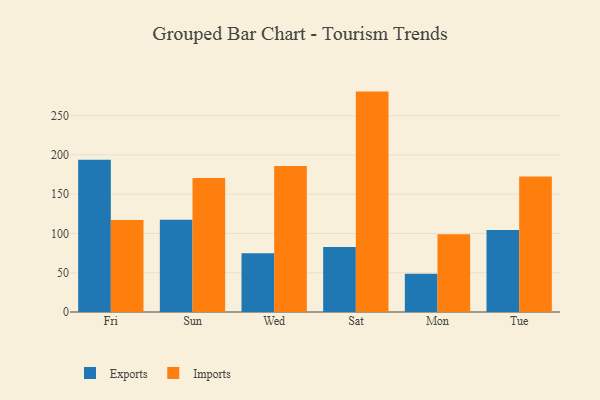
{"axis": {"x": "Day", "y": "Gross Profit (USD K)"}, "legend": ["Exports", "Imports"], "data": [{"x": "Fri", "y": 193.7, "type": "Exports"}, {"x": "Fri", "y": 117.1, "type": "Imports"}, {"x": "Sun", "y": 117.5, "type": "Exports"}, {"x": "Sun", "y": 170.5, "type": "Imports"}, {"x": "Wed", "y": 74.7, "type": "Exports"}, {"x": "Wed", "y": 185.9, "type": "Imports"}, {"x": "Sat", "y": 82.7, "type": "Exports"}, {"x": "Sat", "y": 280.6, "type": "Imports"}, {"x": "Mon", "y": 48.6, "type": "Exports"}, {"x": "Mon", "y": 99.1, "type": "Imports"}, {"x": "Tue", "y": 104.4, "type": "Exports"}, {"x": "Tue", "y": 172.5, "type": "Imports"}]}